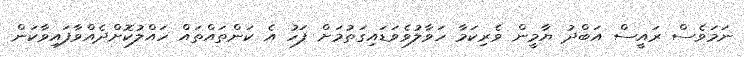
ނަމަވެސް ރައީސް އަބްދު ޔާމީން ވެރިކަމާ ހަވާލުވެވަޑައިގަތުމަށް ފަހު އެ ކަންތައްތައް ހައްލުކޮށްދެއްވާފައިވާކަން